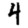
Digit: 4